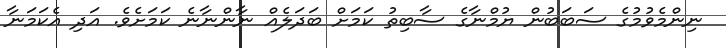
ނިންމެވުމުގެ ސަބަބުން ޔުމްނާގެ ސާބިތު ކަމަށް ބަދަލެއް ނާންނާނެ ކަމަށެވެ. އަދި އެކަމަނާ